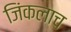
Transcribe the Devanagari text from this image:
जिंकलाच